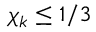
\chi _ { \boldsymbol { k } } \leq 1 / 3